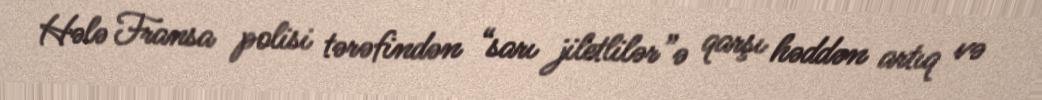
Hələ Fransa polisi tərəfindən “sarı jiletlilər”ə qarşı həddən artıq və